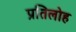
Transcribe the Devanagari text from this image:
प्रतिलोह